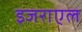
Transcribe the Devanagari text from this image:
इजराएल